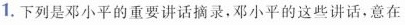
1.下列是邓小平的重要讲话摘录，邓小平的这些讲话，意在